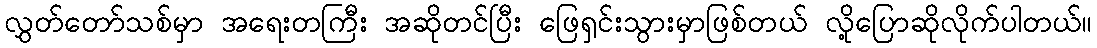
လွှတ်တော်သစ်မှာ အရေးတကြီး အဆိုတင်ပြီး ဖြေရှင်းသွားမှာဖြစ်တယ် လို့ပြောဆိုလိုက်ပါတယ်။